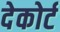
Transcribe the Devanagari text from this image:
देकोर्ट